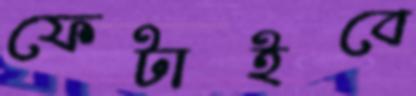
ফেটাইবে